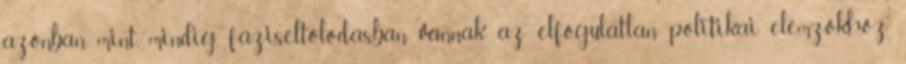
azonban, mint mindig, fáziseltolódásban vannak az elfogulatlan politikai elemzőkhöz